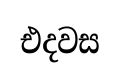
එදවස